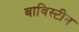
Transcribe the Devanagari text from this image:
बाविस्टीन